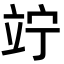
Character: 竚